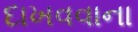
દાખવવાના